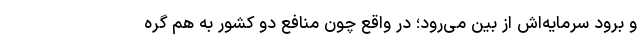
و برود سرمایه‌اش از بین می‌رود؛ در واقع چون منافع دو کشور به هم گره